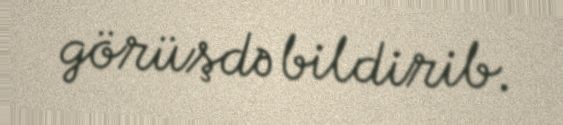
görüşdə bildirib.